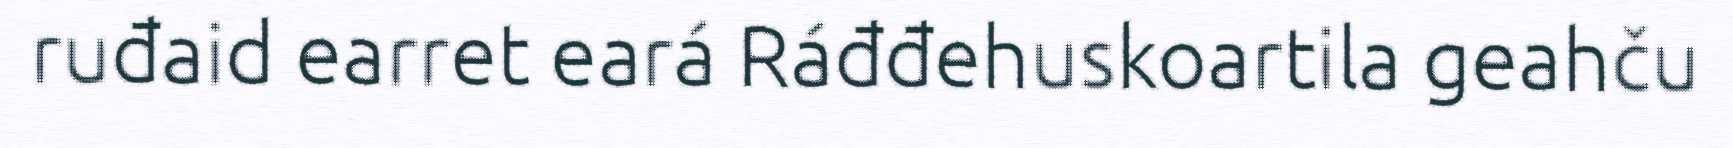
ruđaid earret eará Ráđđehuskoartila geahču